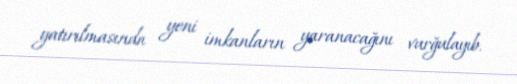
yatırılmasında yeni imkanların yaranacağını vurğulayıb.